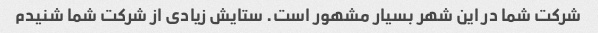
شرکت شما در این شهر بسیار مشهور است. ستایش زیادی از شرکت شما شنیدم